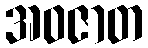
အဝဇာတ